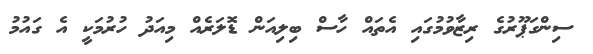
ސިންގަޕޫރުގެ ރިޒާވުމުގައި އެތައް ހާސް ބިލިއަން ޑޮލަރެއް މިއަދު ހުރުމަކީ އެ ގައުމު